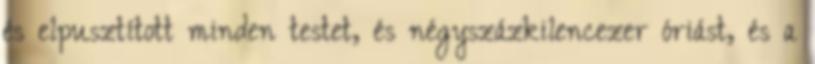
és elpusztított minden testet, és négyszázkilencezer óriást, és a